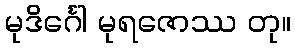
မုဒိင်္ဂေါ မုရဇောဿ တု။